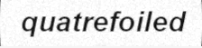
quatrefoiled